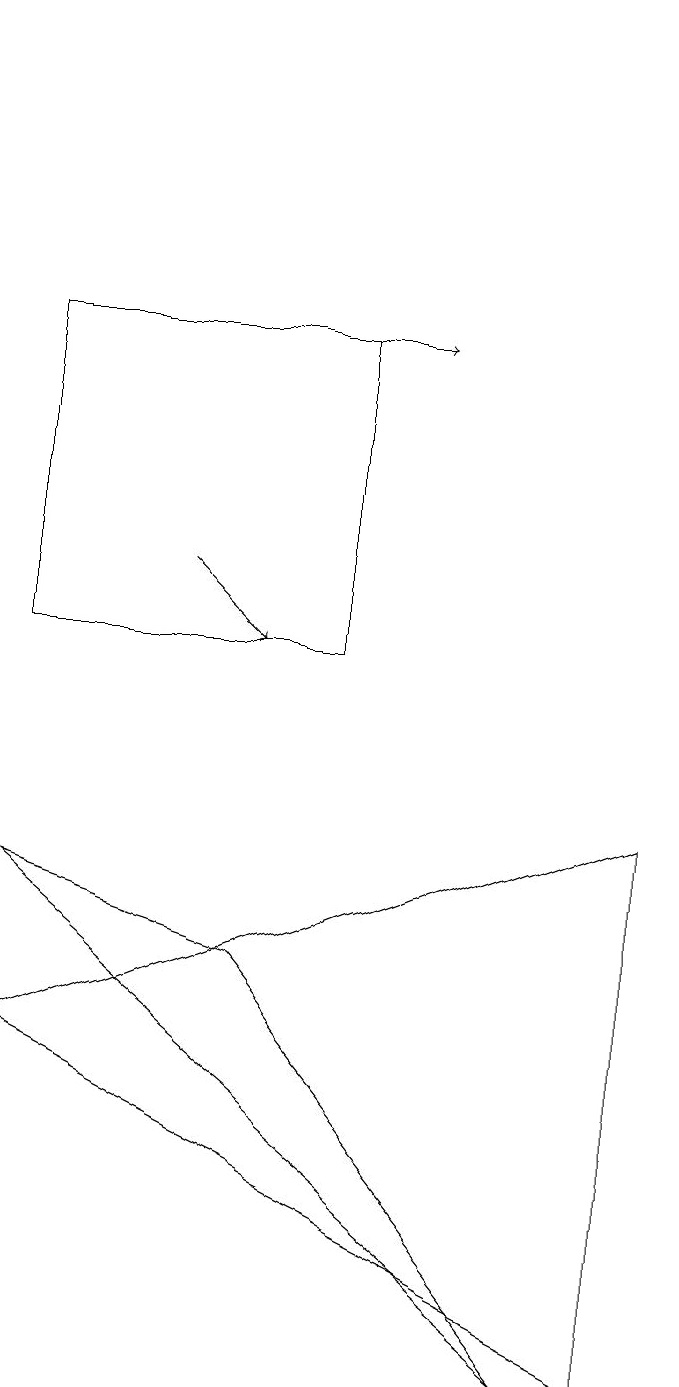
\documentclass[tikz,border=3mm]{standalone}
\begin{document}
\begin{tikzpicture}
\draw (8,8) -- (0,5) -- (8,1) -- cycle;
\draw (7,1) -- (3,6) -- (0,7) -- cycle;
\draw (8,18) rectangle (8,13);
\draw[->] (2,14) -- (5,14);
\draw (0,10) rectangle (4,14);
\draw[->] (2,11) -- (3,10);
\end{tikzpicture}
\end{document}